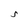
Character: S